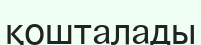
қошталады